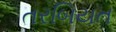
તરબિયત